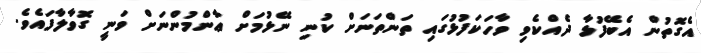
އެގޮތުން އެބޭފުޅާ ދެއްކެވި ވާހަކަފުޅުގައި ތަންތަނަށް ކުނި ނޭޅުމަށް ޢާންމުންނަށް ވަނީ ގޮވާލާފައެވެ.